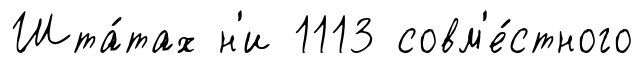
Шта́тах н'и 1113 совм'е́стного